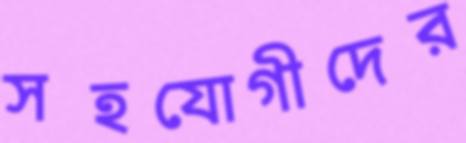
সহযোগীদের